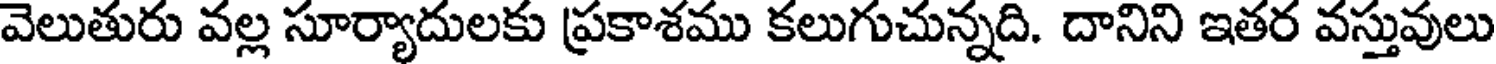
వెలుతురు వల్ల సూర్యాదులకు ప్రకాశము కలుగుచున్నది. దానిని ఇతర వస్తువులు